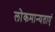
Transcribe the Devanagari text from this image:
लोकमान्यताएं